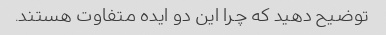
توضیح دهید که چرا این دو ایده متفاوت هستند.